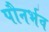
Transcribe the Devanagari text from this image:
पौनर्भव